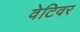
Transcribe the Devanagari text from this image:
वेटिवर